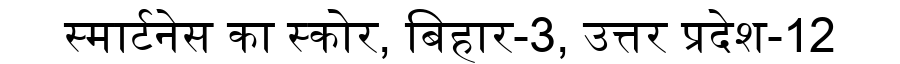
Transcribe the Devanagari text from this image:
स्मार्टनेस का स्कोर, बिहार-3, उत्तर प्रदेश-12